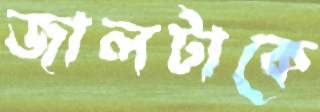
জালটাকে